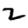
Digit: 2